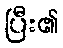
ပြီး၏